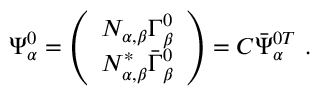
\Psi _ { \alpha } ^ { 0 } = \left( \begin{array} { c } { { N _ { \alpha , \beta } \Gamma _ { \beta } ^ { 0 } } } \\ { { N _ { \alpha , \beta } ^ { * } \bar { \Gamma } _ { \beta } ^ { 0 } } } \end{array} \right) = C \bar { \Psi } _ { \alpha } ^ { 0 T } \ .